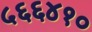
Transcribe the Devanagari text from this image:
५६६४१०